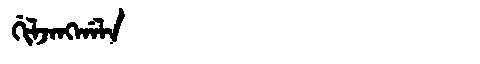
Manchu: ᡤᡳᠯᠵᠠᠩᡤᠠᠯᠠ
Romanization: GILJANGGALA